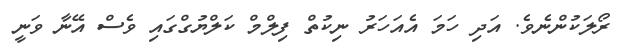
ރޯލަކުންނެވެ. އަދި ހަމަ އެއަހަރު ނިކުތް ފިލްމް ކަލްޔުގްގައި ވެސް އޭނާ ވަނީ